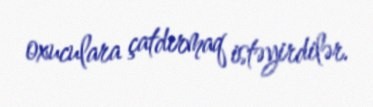
oxuculara çatdırmaq istəyirdilər.